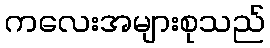
ကလေးအများစုသည်